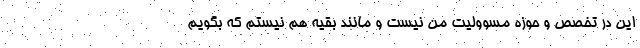
اين در تخصص و حوزه مسووليت من نيست و مانند بقيه هم نيستم كه بگويم